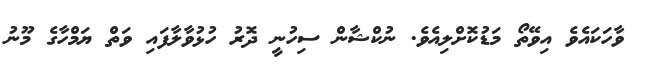
ވާހަކައެވެ އިވޭތޯ މަޑުކޮށްލިއެވެ. ނުކްޝާން ސިހުނީ ދޮރު ހުޅުވާލާފައި ވަތް ޔަމްހާގެ މޫނު